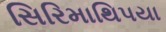
સિરિમાથિપયા